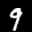
Label: 9